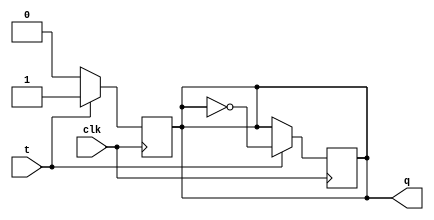
module TFF (
    input clk, t,
    output reg q
);

    initial q = 0;

    always @ (posedge clk)
        if (t)
            q <= ~q;
        else
            q <= q;
    
    always @ (negedge clk)
        if (t)
            q = 1;
        else
            q = 0;

endmodule